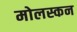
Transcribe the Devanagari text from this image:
मोलस्कन